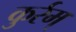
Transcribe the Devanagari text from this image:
कुर्रम्